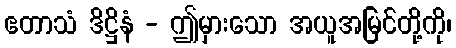
ဧတာသံ ဒိဋ္ဌိနံ - ဤမှားသော အယူအမြင်တို့ကို၊